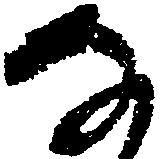
な